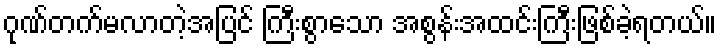
ဂုဏ်တက်မလာတဲ့အပြင် ကြီးစွာသော အစွန်းအထင်းကြီးဖြစ်ခဲ့ရတယ်။